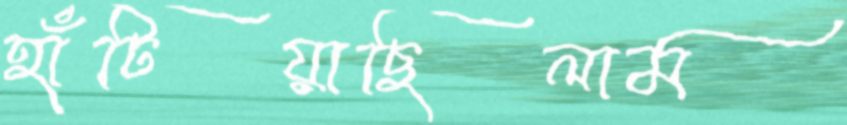
হাঁটিয়াছিলাম